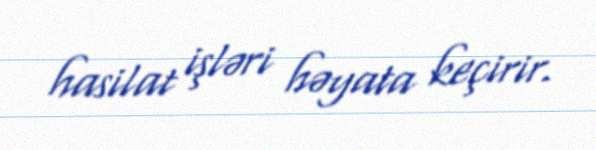
hasilat işləri həyata keçirir.